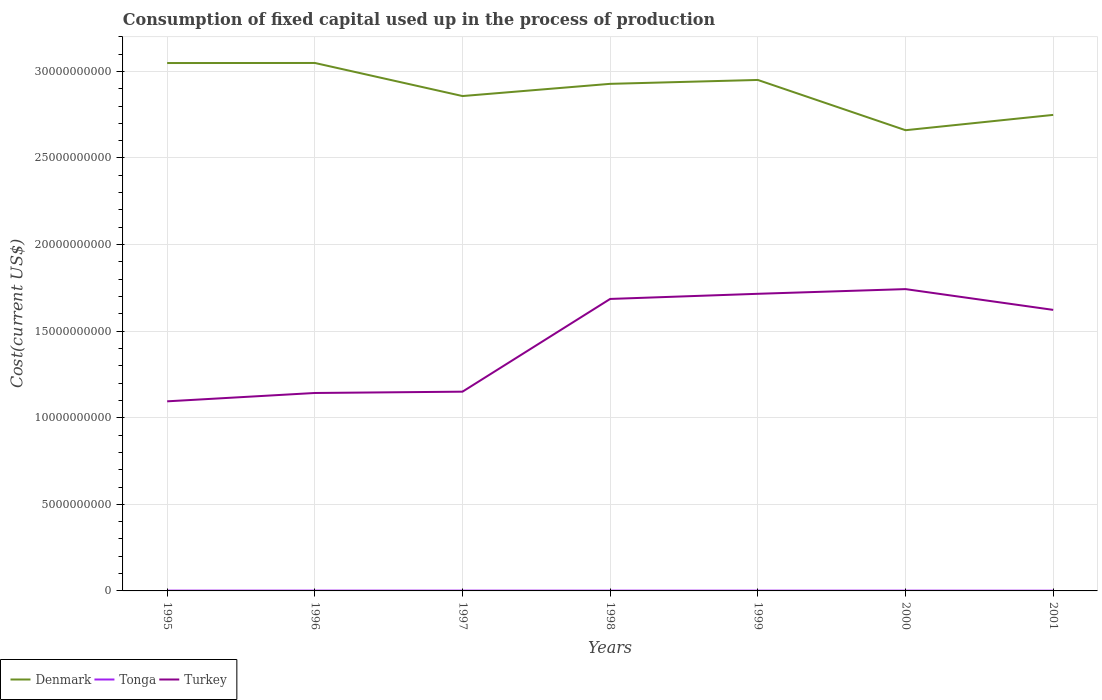
| Years | Denmark | Tonga | Turkey |
 | --- | --- | --- | --- |
 | 1995 | 3.05e+10 | 1.7e+07 | 1.09e+10 |
 | 1996 | 3.05e+10 | 1.83e+07 | 1.14e+10 |
 | 1997 | 2.86e+10 | 1.72e+07 | 1.15e+10 |
 | 1998 | 2.93e+10 | 1.61e+07 | 1.69e+10 |
 | 1999 | 2.95e+10 | 1.65e+07 | 1.72e+10 |
 | 2000 | 2.66e+10 | 1.59e+07 | 1.74e+10 |
 | 2001 | 2.75e+10 | 1.39e+07 | 1.62e+10 |